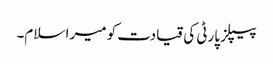
پیپلز پارٹی کی قیادت کو میرا سلام۔